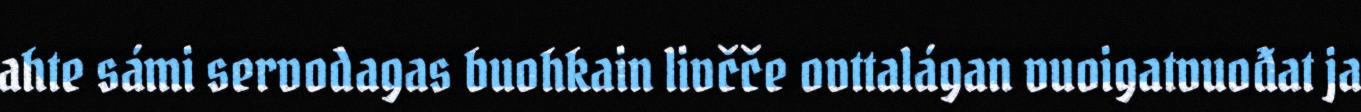
ahte sámi servodagas buohkain livčče ovttalágan vuoigatvuođat ja